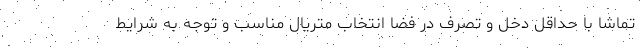
تماشا با حداقل دخل و تصرف در فضا انتخاب متریال مناسب و توجه به شرایط